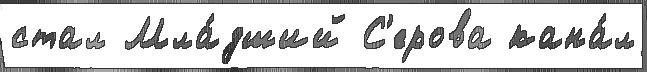
стал Мла́дший С'ерова кана́л